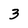
Character: 3